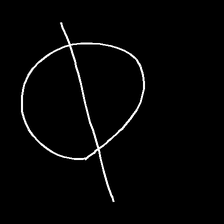
Glyph: orb